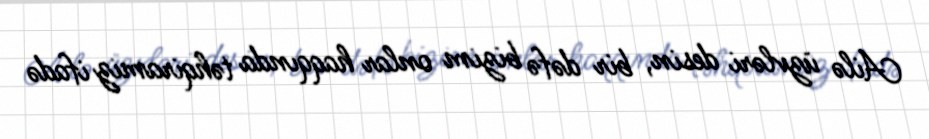
Ailə üzvləri desin, bir dəfə bizim onlar haqqında təhqiramiz ifadə